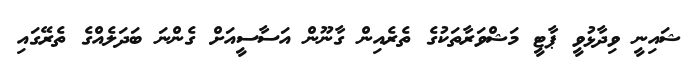
ޝައިނީ ވިދާޅުވީ ޕާޓީ މަޝްވަރާތަކުގެ ތެރެއިން ގާނޫން އަސާސީއަށް ގެންނަ ބަދަލެއްގެ ތެރޭގައި